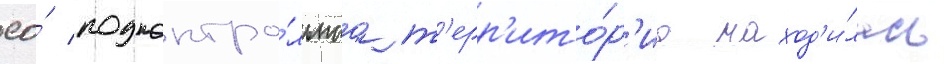
ео́ подконтро́льнаа т'ерр'ито́р'иа наход'и́лась